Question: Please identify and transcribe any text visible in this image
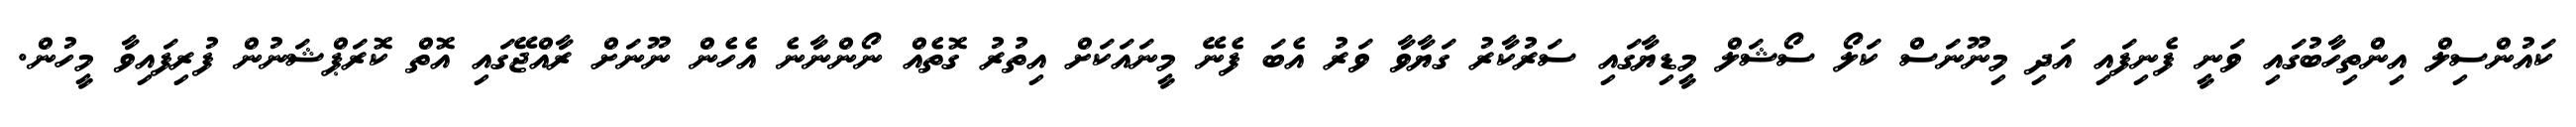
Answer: ކައުންސިލް އިންތިހާބުގައި ވަނީ ފެނިފައި އަދި މިނޫނަސް ކަލޯ ސޯޝަލް މީޑިޔާގައި ސަރުކާރު ގަޔާވާ ވަރު އެބަ ފެނޭ މީނައަކަށް އިތުރު ގޮތެއް ނޯންނާނެ އެހެން ނޫނަށް ރާއްޖޭގައި އޮތް ކޮރަޕްޝަނުން ފުރިފައިވާ މީހުން.